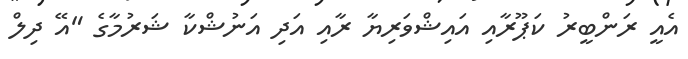
އެއީ ރަންބީރު ކަޕޫރާއި އައިޝްވަރިޔާ ރާއި އަދި އަނުޝްކާ ޝަރުމާގެ "އޭ ދިލް